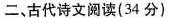
二、古代诗文阅读(34分)